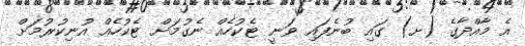
އެ މާއްދާގެ (ށ) ގައި ބުނެފައި ވަނީ ޓެކުހެއް ނެގުމަށް ޓެކުހެއް އުނިކުރުމަށް